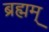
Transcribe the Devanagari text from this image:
ब्रह्मम्